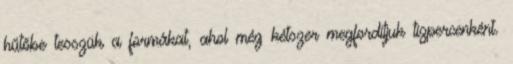
hűtőbe tesszük a formákat, ahol még kétszer megfordítjuk tízpercenként.